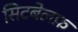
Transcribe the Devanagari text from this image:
सिटबेलफ़